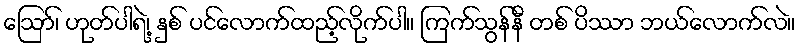
ဪ၊ ဟုတ်ပါရဲ့၊ နှစ် ပင်လောက်ထည့်လိုက်ပါ။ ကြက်သွန်နီ တစ် ပိဿာ ဘယ်လောက်လဲ။